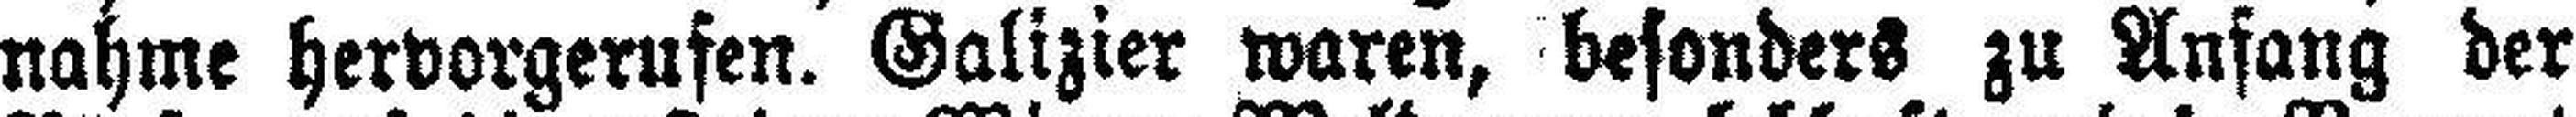
nahme hervorgerufen. Galizier waren, besonders zu Anfang der